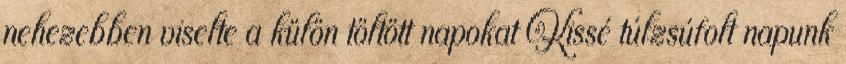
nehezebben viselte a külön töltött napokat Kissé túlzsúfolt napunk